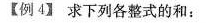
【例4】求下列各整式的和：